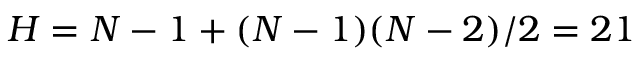
H = N - 1 + ( N - 1 ) ( N - 2 ) / 2 = 2 1